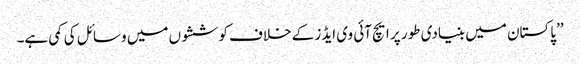
’’پاکستان میں بنیادی طور پر ایچ آئی وی ایڈز کے خلاف کوششوں میں وسائل کی کمی ہے۔